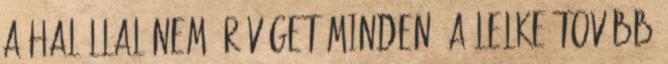
a halállal nem ér véget minden, a lelke tovább